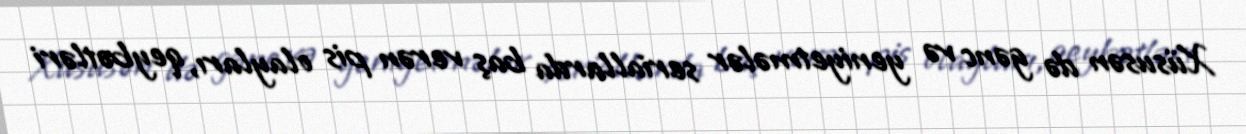
Xüsusən də gənc və yeniyetmələr seriallarda baş verən pis olayları, qeybətləri